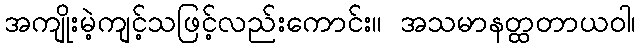
အကျိုးမဲ့ကျင့်သဖြင့်လည်းကောင်း။ အသမာနတ္ထတာယဝါ၊